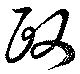
政